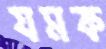
যমক